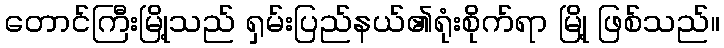
တောင်ကြီးမြို့သည် ရှမ်းပြည်နယ်၏ရုံးစိုက်ရာ မြို့ ဖြစ်သည်။